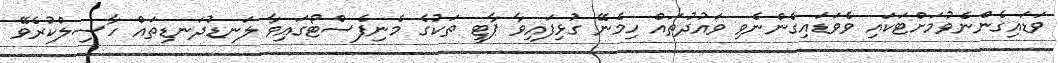
ވަޑައިގެންނެވުމަށްޓަކައި ވެވަޑައިގެންނެވި ވައުދުތައް ހިމެނޭ ގުޅިފައިވާ ޕާޓީ ތަކުގެ މެނިފެސްޓޯގައިވާ ލަނޑުދަނޑިތައް ހާސިލްކުރެވޭ